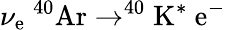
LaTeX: \nu_{\mathrm{e}}\ ^{40}\mathrm{{Ar}}\rightarrow^{40}\mathrm{{K}}^{*}\ \mathrm{e}^{-}